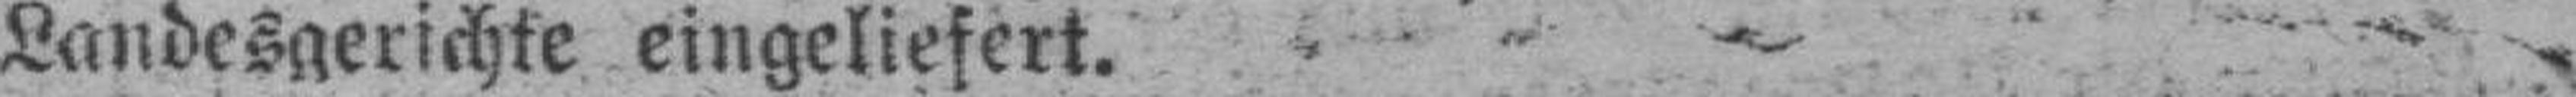
Landesgerichte eingeliefert.